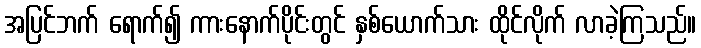
အပြင်ဘက် ရောက်၍ ကားနောက်ပိုင်းတွင် နှစ်ယောက်သား ထိုင်လိုက် လာခဲ့ကြသည်။